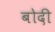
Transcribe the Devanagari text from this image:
बोदी